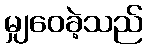
မျှဝေခဲ့သည်